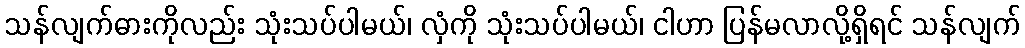
သန်လျက်ဓားကိုလည်း သုံးသပ်ပါမယ်၊ လှံကို သုံးသပ်ပါမယ်၊ ငါဟာ ပြန်မလာလို့ရှိရင် သန်လျက်